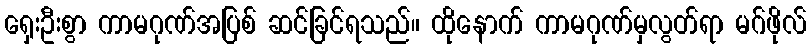
ရှေးဦးစွာ ကာမဂုဏ်အပြစ် ဆင်ခြင်ရသည်။ ထိုနောက် ကာမဂုဏ်မှလွတ်ရာ မဂ်ဖိုလ်